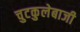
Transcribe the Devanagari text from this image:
चुटकुलेबाजी